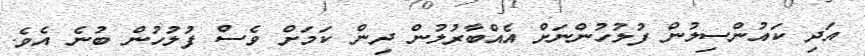
އަދި ކައުންސިލުން ފުލުހުންނަށް އެއްބާރުލުން ދިން ކަމަށް ވެސް ފުލުހުން ބުނެ އެވެ.